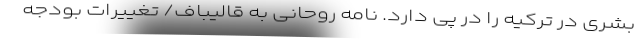
بشری در ترکیه را در پی دارد. نامه روحانی به قالیباف/ تغییرات بودجه